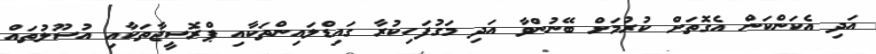
އަދި އެކަންކަން އެގޮތަށް ކުރުމަށް ބޭނުންވާ އަދި މަގުފަހިކުރާ ގައިޑްލައިންތަކާއި ޕްރޮސީޖާތަކާއި އުސޫލުތައް